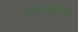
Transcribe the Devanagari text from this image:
एनेक्सेशन